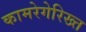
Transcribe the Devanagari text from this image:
कामरेगेरिख्त